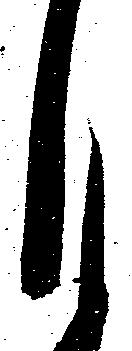
月